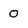
Character: 0